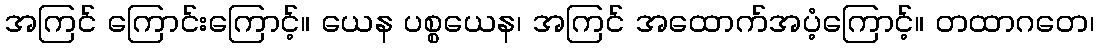
အကြင် ကြောင်းကြောင့်။ ယေန ပစ္စယေန၊ အကြင် အထောက်အပံ့ကြောင့်။ တထာဂတေ၊